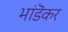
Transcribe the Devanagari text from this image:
भांडॆकर